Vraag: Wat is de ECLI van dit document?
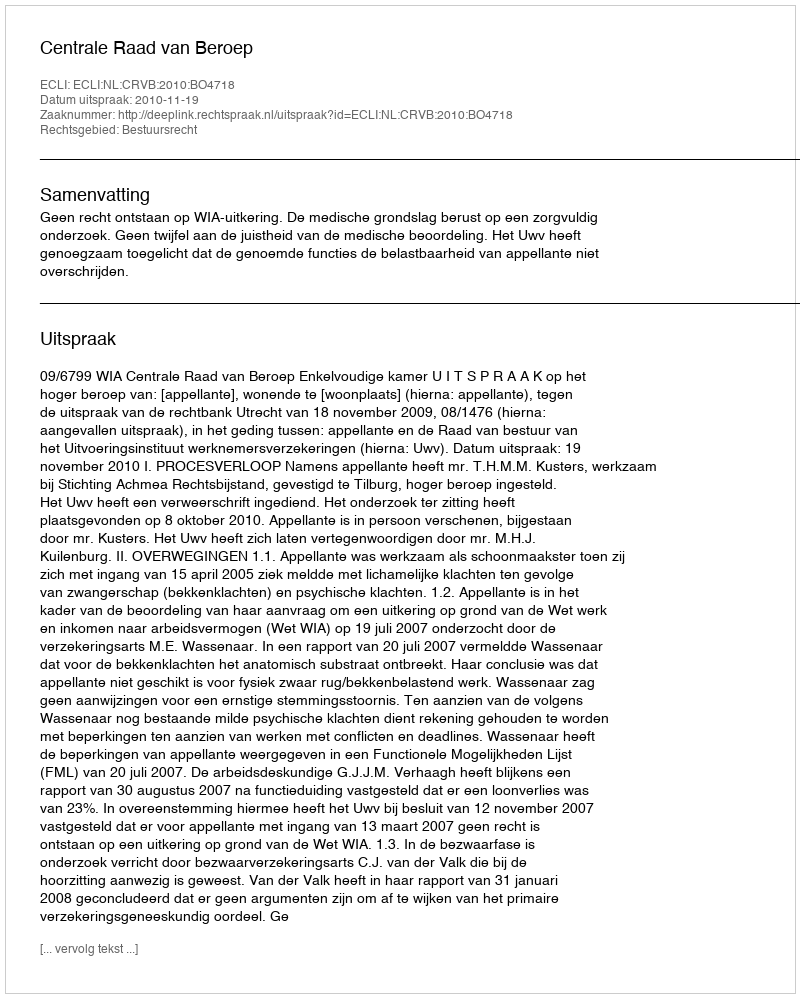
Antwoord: ECLI:NL:CRVB:2010:BO4718